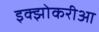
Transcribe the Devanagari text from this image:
इक्झोकरीआ